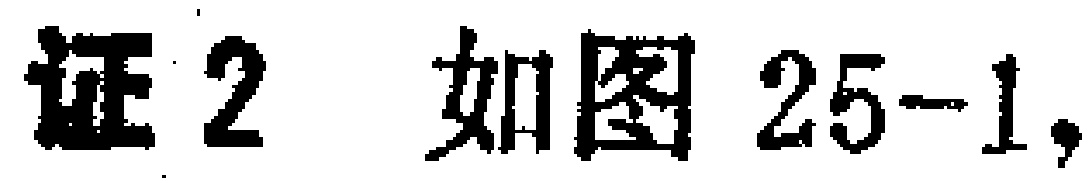
证2 如图25-1,